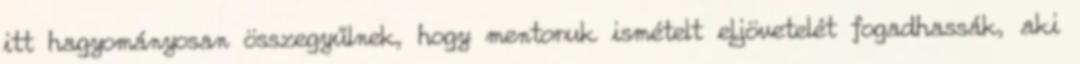
itt hagyományosan összegyűlnek, hogy mentoruk ismételt eljövetelét fogadhassák, aki